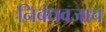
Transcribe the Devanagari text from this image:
निबंधवजाच